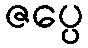
ဇပ္ပေ